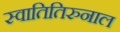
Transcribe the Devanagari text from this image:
स्वातितिरुनाल